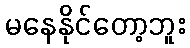
မနေနိုင်တော့ဘူး